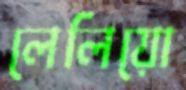
লেলিয়ো